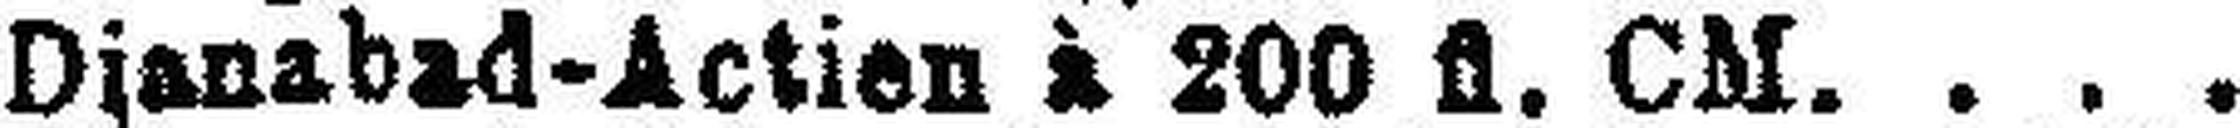
Dianabad-Actien à 200 fl. CM.